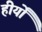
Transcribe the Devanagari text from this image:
हीर्यों